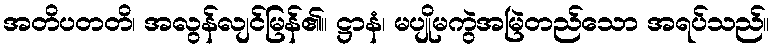
အတိပတတိ၊ အလွန်လျင်မြန်၏။ ဋ္ဌာနံ၊ မပျိုမကွဲအမြဲတည်သော အရပ်သည်။